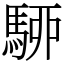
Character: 駵